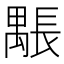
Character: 𨲖